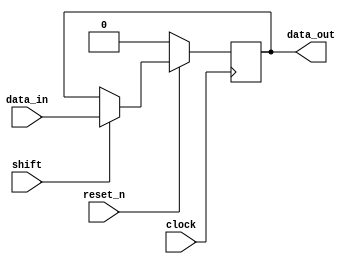
// shift_reg.v - Reed Foster
// parameterizable shift register

module shift_reg
    #( // parameters
        parameter DELAY = 1, // number of stages in shift register
        parameter DATA_WIDTH = 1
    )( // ports
        input clock,
        input reset_n,
        input shift, // clock enable; data only shifts when shift = 1
        input [DATA_WIDTH-1:0] data_in,
        output [DATA_WIDTH-1:0] data_out
    );
    // architecture
    
    reg [DATA_WIDTH-1:0] data [DELAY-1:0];
    integer i;
    always @(posedge clock)
    begin
        if (reset_n == 0)
        begin
            for (i=0; i<DELAY; i=i+1) data[i] <= 0;
        end
        else
        begin
            if (shift)
            begin
                data[0] <= data_in;
                for (i=1; i<DELAY; i=i+1) data[i] <= data[i-1];
            end
        end
    end

    assign data_out = data[DELAY-1];
   
endmodule